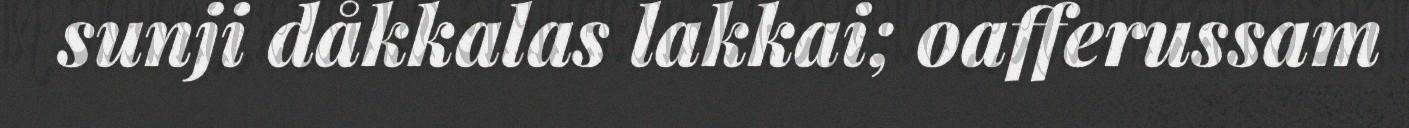
sunji dåkkalas lakkai; oafferussam